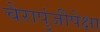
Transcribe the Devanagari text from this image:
चेरापुंजीपेक्षा